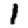
Digit: 1